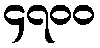
၄၇၀၀